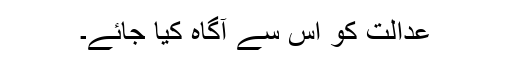
عدالت کو اس سے آگاہ کیا جائے۔